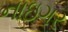
નાઇગર